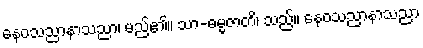
နေဝသညာနာသညာ၊ မည်၏။ သာ-ဓမ္မဇာတိ၊ သည်။ နေဝသညာနာသညာ